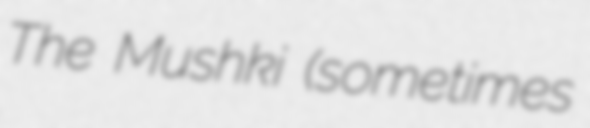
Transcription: The Mushki (sometimes